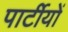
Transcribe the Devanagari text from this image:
पार्टीयों